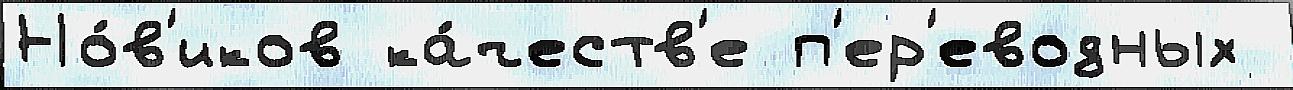
Но́в'иков ка́честв'е п'ер'еводных